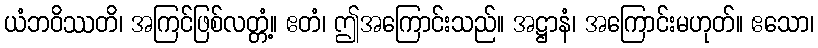
ယံဘဝိဿတိ၊ အကြင်ဖြစ်လတ္တံ့။ ဧတံ၊ ဤအကြောင်းသည်။ အဋ္ဌာနံ၊ အကြောင်းမဟုတ်။ ဧသော၊